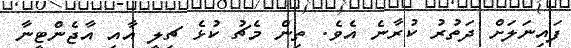
ފައިނަލަށް ދަތުރު ކުރާނެ އެވެ. ތިން މެޗު ކުޅެ ޗިލީ އާއި އާޖެންޓީނާ